Document type: Emphyteutic lease
Year: 1316
Scribe: Guillem de Vila
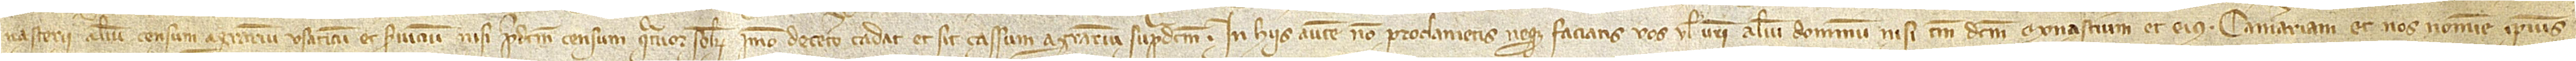
nasterii alium censum, agrarium, usaticum et servicium nisi predictum censum quatuor solidorum; immo decetero cadat et sit cassum agrarium supradictum. In hiis autem non proclamentis neque faciatis vos vel vestri alium dominum nisi tamen dictum monasterium et eius camerariam et nos nomine ipsius